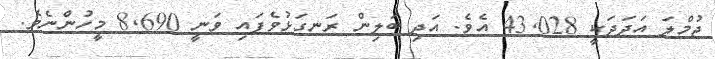
ޖުމްލަ އަދަދަކީ 43